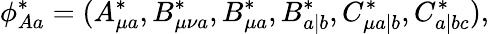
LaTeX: \phi_{Aa}^{\ast}=(A_{\mu a}^{\ast},B_{\mu\nu a}^{\ast},B_{\mu a}^{\ast},B_{a|b}^{\ast},C_{\mu a|b}^{\ast},C_{a|bc}^{\ast}),